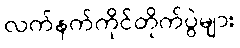
လက်နက်ကိုင်တိုက်ပွဲများ